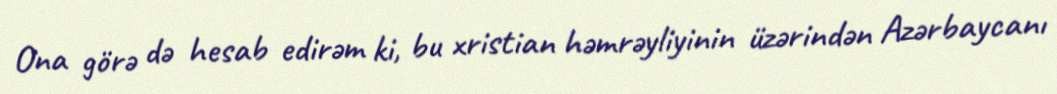
Ona görə də hesab edirəm ki, bu xristian həmrəyliyinin üzərindən Azərbaycanı